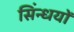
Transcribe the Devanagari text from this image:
सिंन्धयों